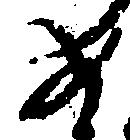
め